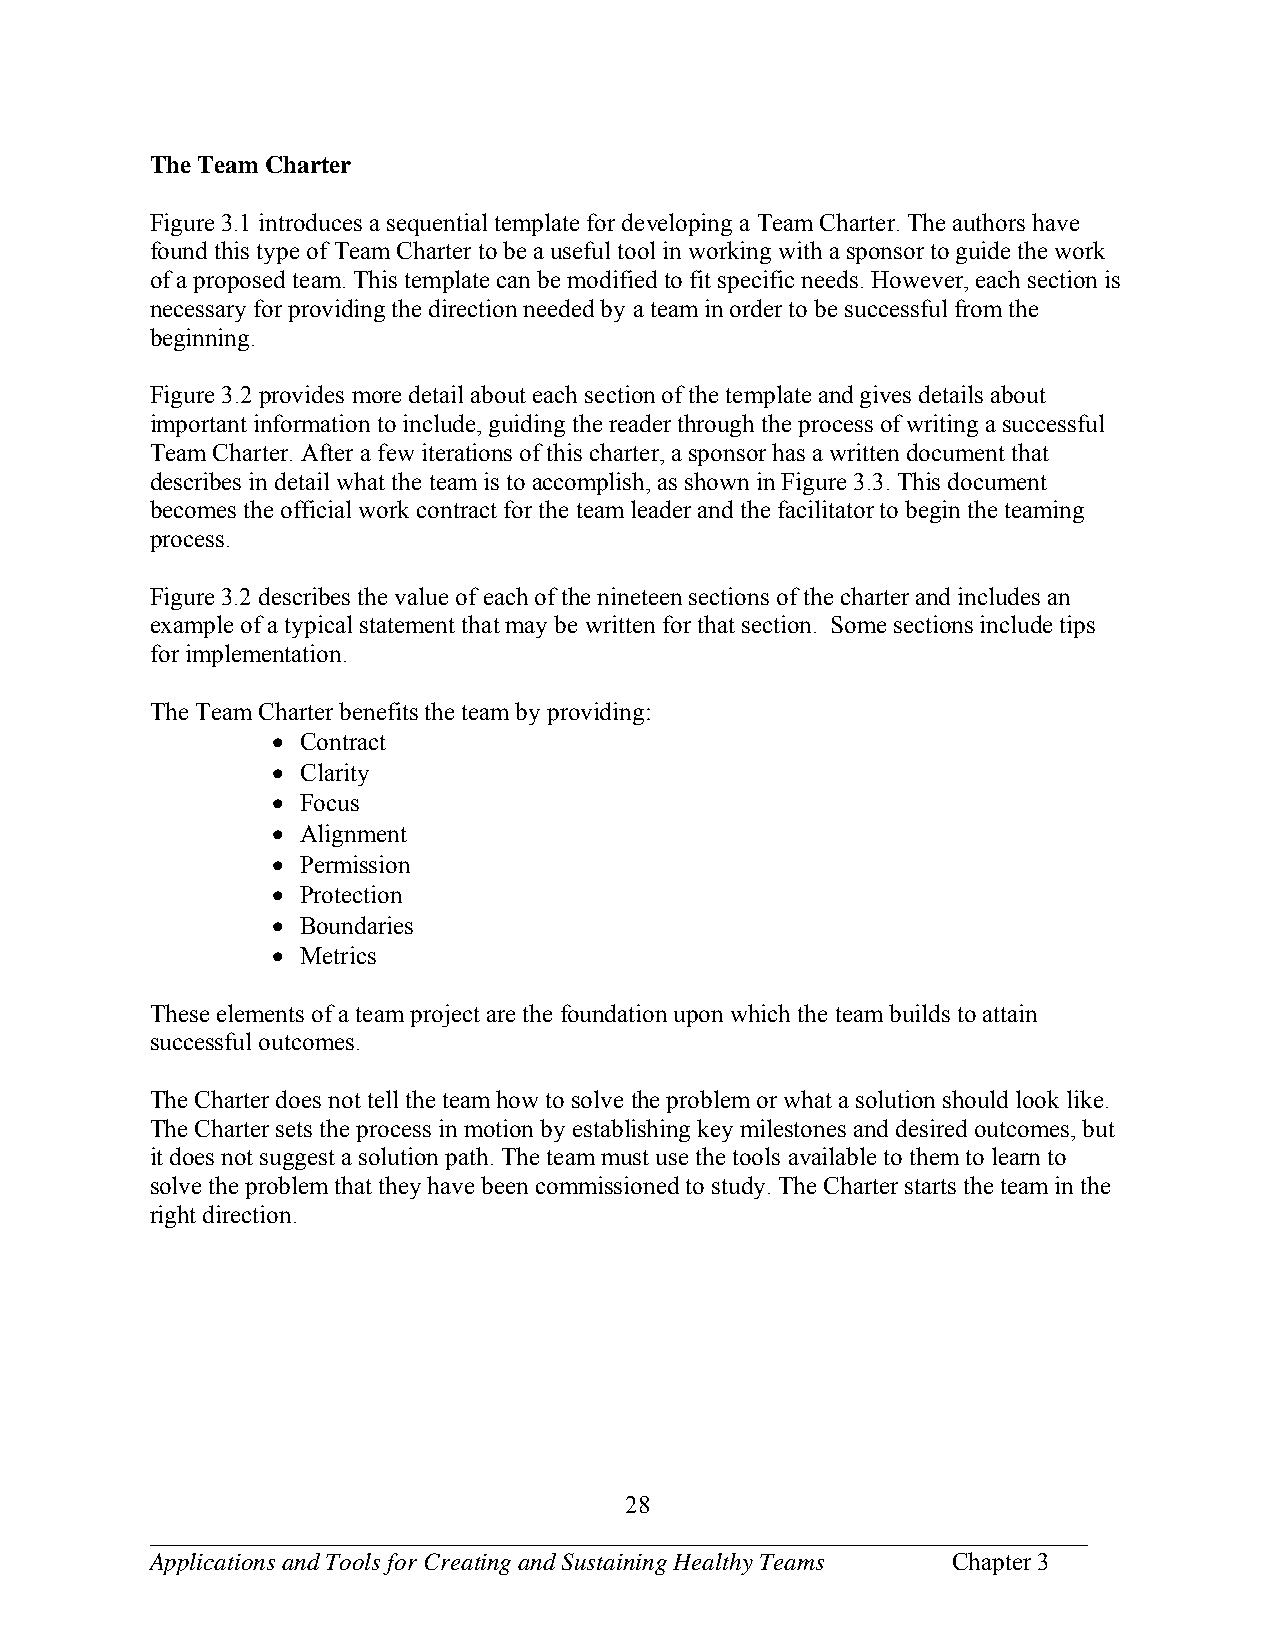
The Team Charter
 Figure 3.1 introduces a sequential template for developing a Team Charter. The authors have
 found this type of Team Charter to be a useful tool in working with a sponsor to guide the work
 of a proposed team. This template can be modified to fit specific needs. However, each section is
 necessary for providing the direction needed by a team in order to be successful from the
 beginning.
 Figure 3.2 provides more detail about each section of the template and gives details about
 important information to include, guiding the reader through the process of writing a successful
 Team Charter. After a few iterations of this charter, a sponsor has a written document that
 describes in detail what the team is to accomplish, as shown in Figure 3.3. This document
 becomes the official work contract for the team leader and the facilitator to begin the teaming
 process.
 Figure 3.2 describes the value of each of the nineteen sections of the charter and includes an
 example of a typical statement that may be written for that section. Some sections include tips
 for implementation.
 The Team Charter benefits the team by providing:
  Contract
  Clarity
  Focus
  Alignment
  Permission
  Protection
  Boundaries
  Metrics
 These elements of a team project are the foundation upon which the team builds to attain
 successful outcomes.
 The Charter does not tell the team how to solve the problem or what a solution should look like.
 The Charter sets the process in motion by establishing key milestones and desired outcomes, but
 it does not suggest a solution path. The team must use the tools available to them to learn to
 solve the problem that they have been commissioned to study. The Charter starts the team in the
 right direction.
 28
 ___________________________________________________________________________
 Applications and Tools for Creating and Sustaining Healthy Teams Chapter 3